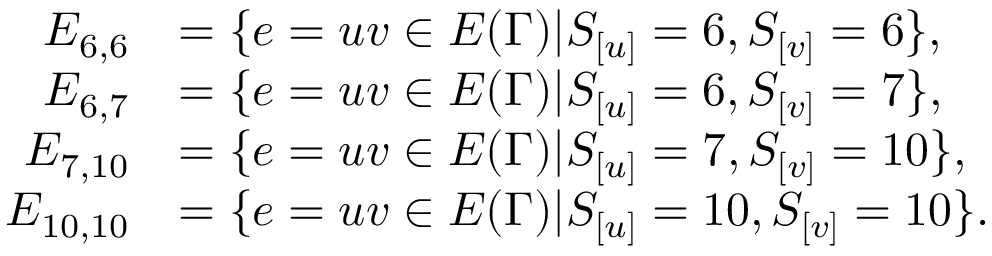
\begin{array} { r l } { E _ { 6 , 6 } } & { = \{ e = u v \in E ( \Gamma ) | S _ { [ u ] } = 6 , S _ { [ v ] } = 6 \} , } \\ { E _ { 6 , 7 } } & { = \{ e = u v \in E ( \Gamma ) | S _ { [ u ] } = 6 , S _ { [ v ] } = 7 \} , } \\ { E _ { 7 , 1 0 } } & { = \{ e = u v \in E ( \Gamma ) | S _ { [ u ] } = 7 , S _ { [ v ] } = 1 0 \} , } \\ { E _ { 1 0 , 1 0 } } & { = \{ e = u v \in E ( \Gamma ) | S _ { [ u ] } = 1 0 , S _ { [ v ] } = 1 0 \} . } \end{array}